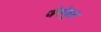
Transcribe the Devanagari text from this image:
जैसेकुछ